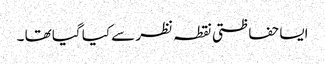
ایسا حفاظتی نقطہ نظر سے کیا گیا تھا ۔